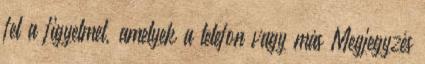
fel a figyelmet, amelyek a telefon vagy más Megjegyzés